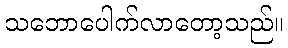
သဘောပေါက်လာတော့သည်။